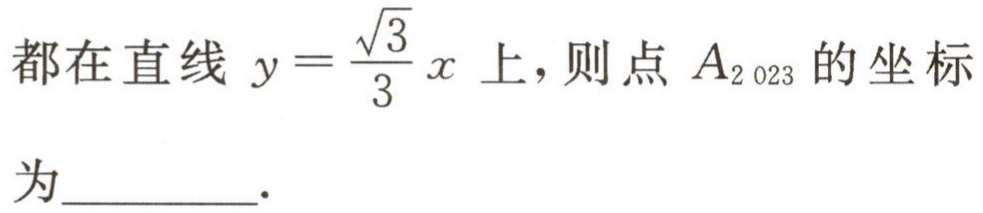
都在直线 \(y = \frac{\sqrt{3}}{3}x\) 上，则点 \(A_{2023}\) 的坐标

为_________.